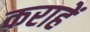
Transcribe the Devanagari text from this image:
कराहें